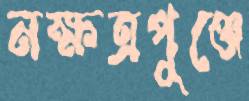
নক্ষত্রপুঞ্জে